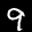
Label: 9